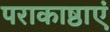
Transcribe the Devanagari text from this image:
पराकाष्ठाएं